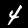
Label: 4